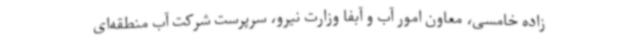
زاده خامسی، معاون امور آب و آبفا وزارت نیرو، سرپرست شرکت آب منطقه‌ای